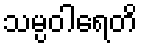
သမ္ပဝါရေတိ